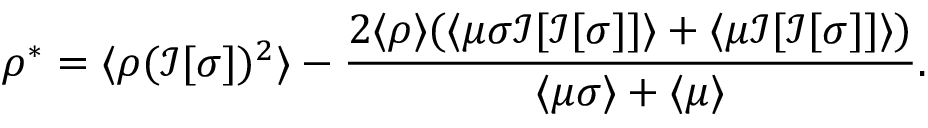
\rho ^ { * } = \langle \rho ( \mathcal { I } [ \sigma ] ) ^ { 2 } \rangle - \frac { 2 \langle \rho \rangle ( \langle \mu \sigma \mathcal { I } [ \mathcal { I } [ \sigma ] ] \rangle + \langle \mu \mathcal { I } [ \mathcal { I } [ \sigma ] ] \rangle ) } { \langle \mu \sigma \rangle + \langle \mu \rangle } .